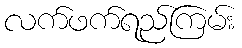
လက်ဖက်ရည်ကြမ်း